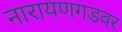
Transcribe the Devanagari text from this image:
नारायणगडवर